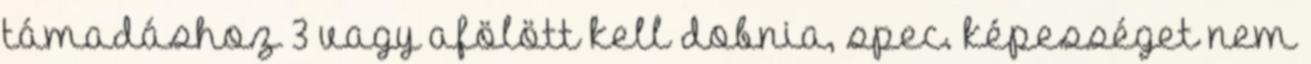
támadáshoz 3 vagy afölött kell dobnia, spec. képességet nem